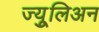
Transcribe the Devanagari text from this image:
ज्युूलिअन